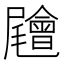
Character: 𡳳